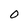
Character: 0